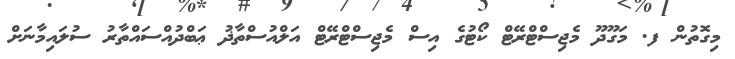
މިގޮތުން ފ. މަގޫދޫ މެޖިސްޓްރޭޓް ކޯޓުގެ އިސް މެޖިސްޓްރޭޓް އަލްއުސްތާޛު ޢަބްދުއްސައްތާރު ސުލައިމާނަށް